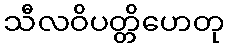
သီလဝိပတ္တိဟေတု